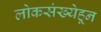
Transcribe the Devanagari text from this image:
लोकसंख्येहून